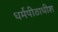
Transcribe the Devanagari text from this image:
धर्मपीठाधीश